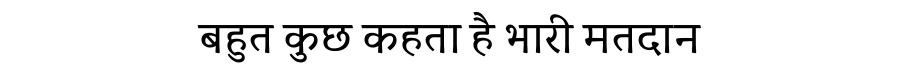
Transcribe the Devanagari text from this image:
बहुत कुछ कहता है भारी मतदान